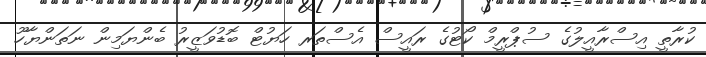
ކުރާތީ އިސްރާއީލުގެ ސުޕްރީމް ކޯޓުގެ ރައީސް އެސްތަރ ހަޔުޓް ބޮޑުވަޒީރު ބެންޔަމިން ނަތަންޔާހޫ